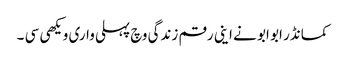
کمانڈر ابو ابو نے اینی رقم زندگی وچ پہلی واری ویکھی سی ۔